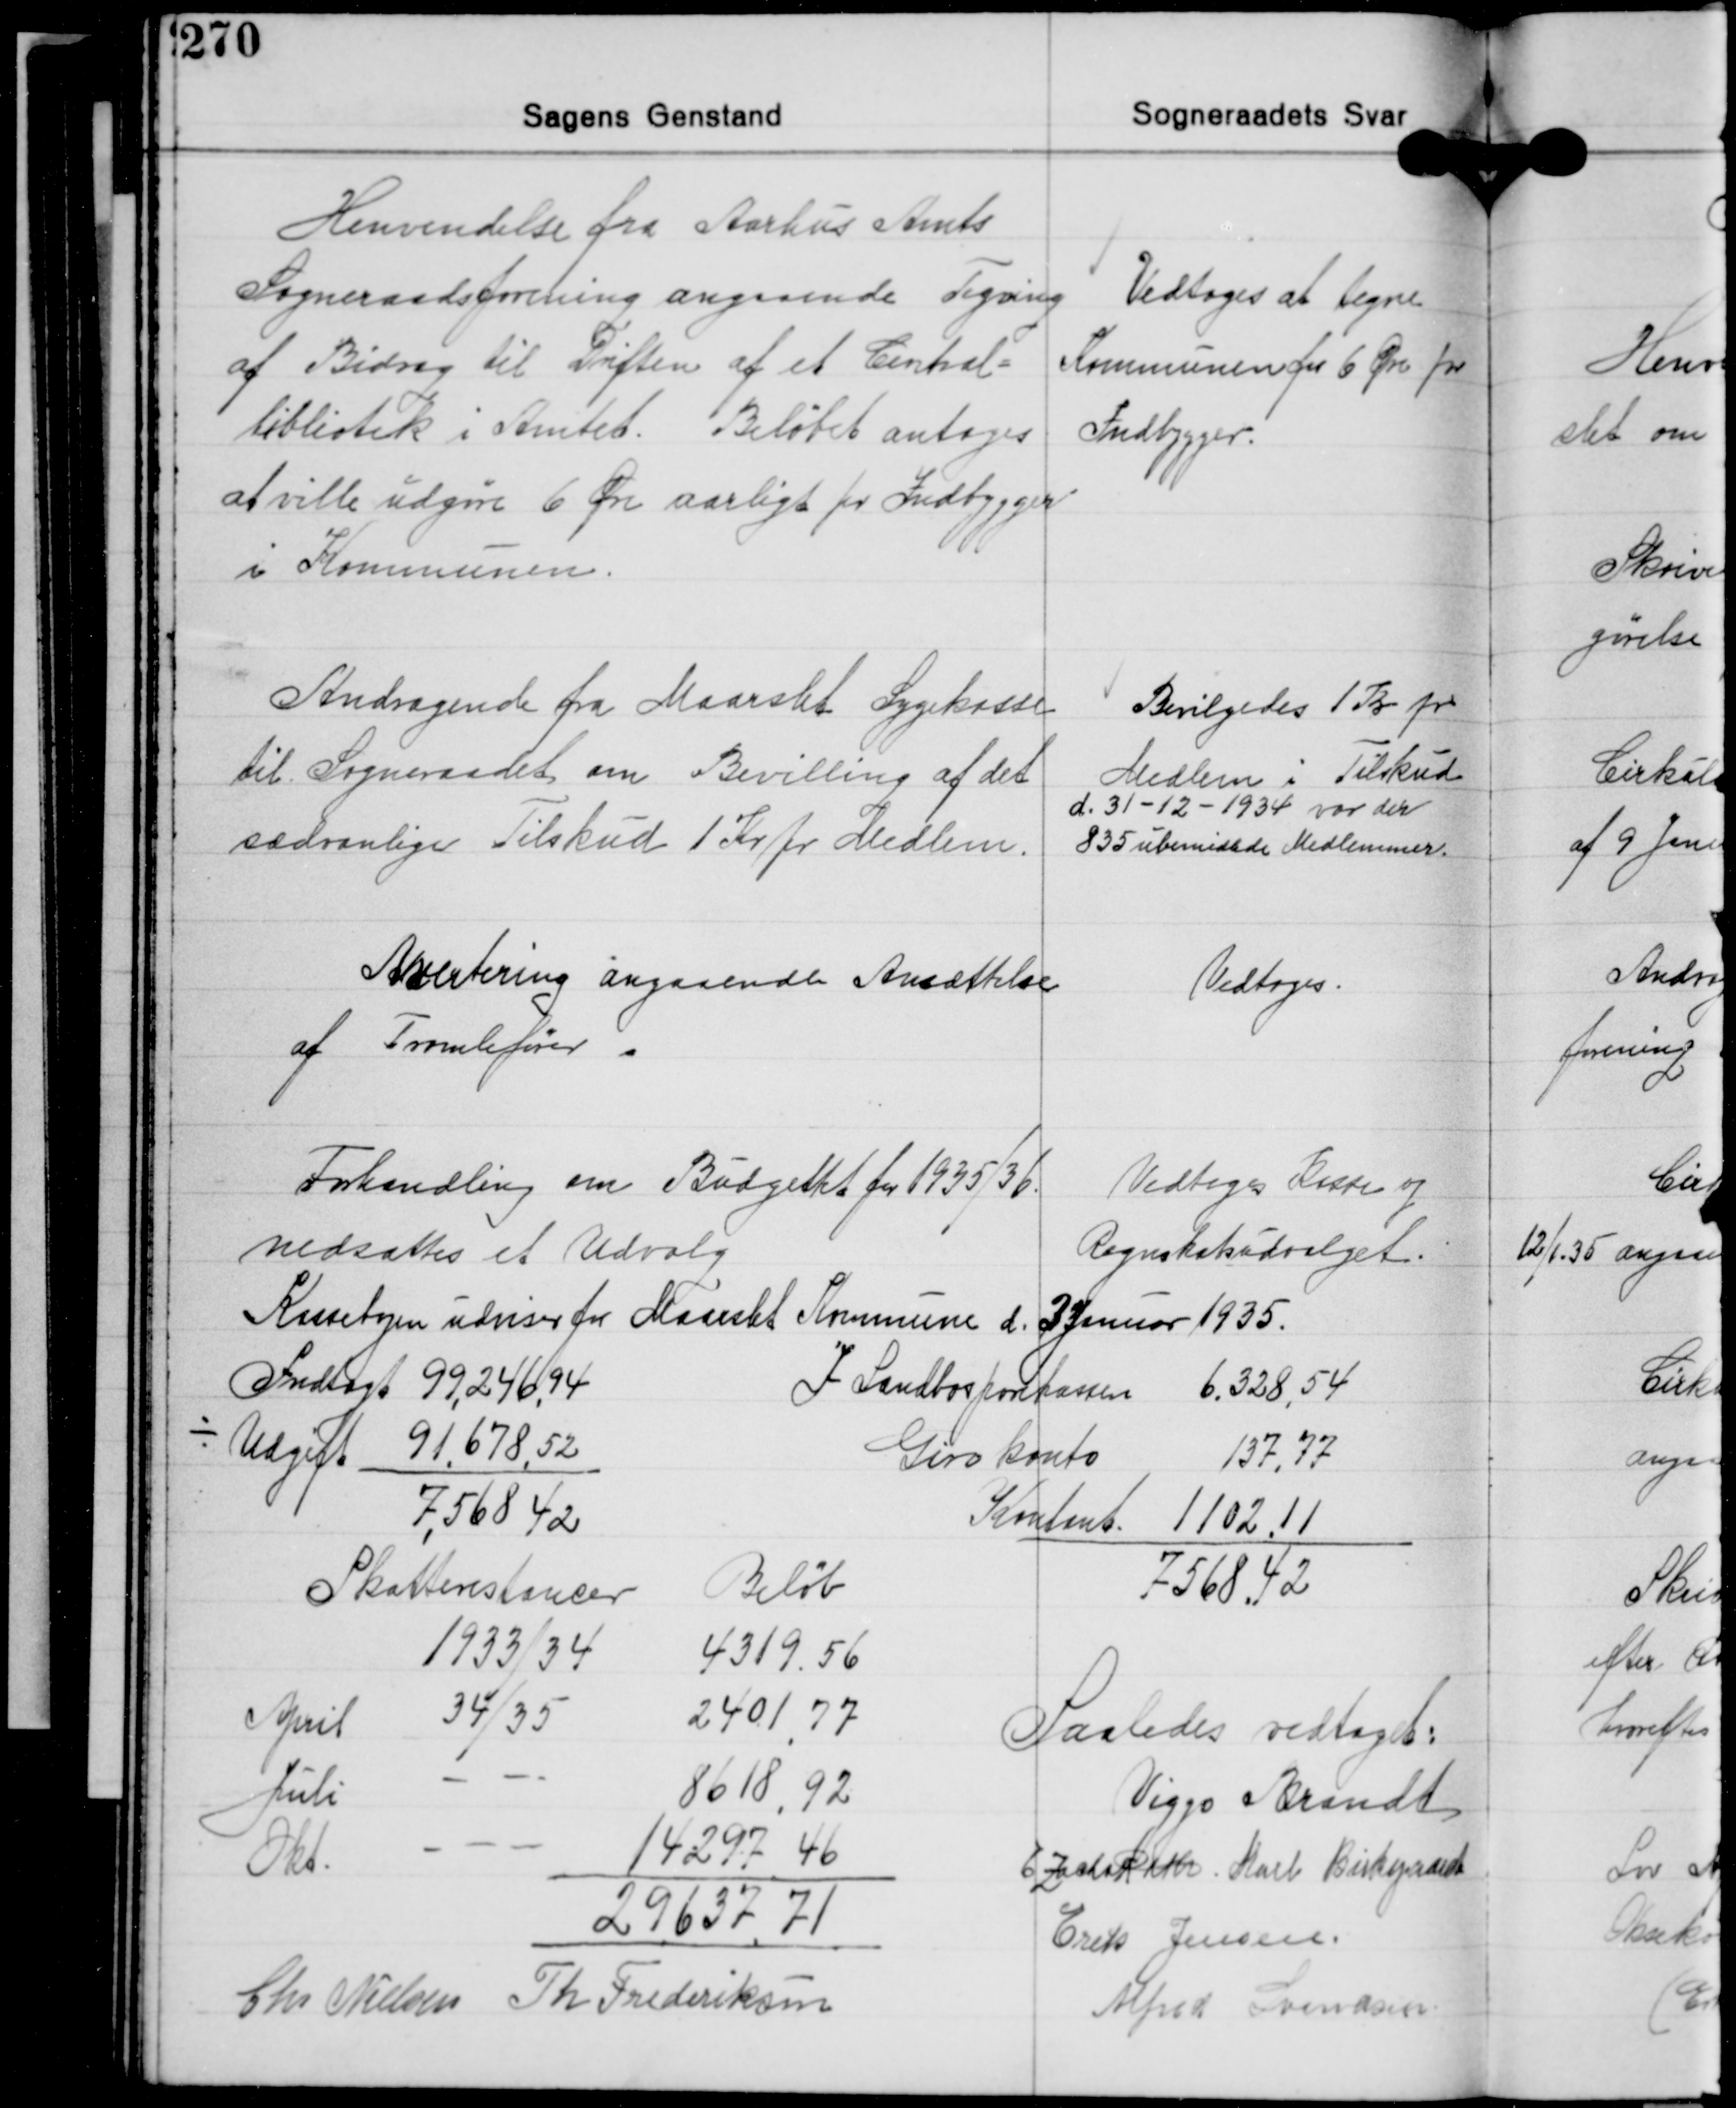
Transskription:
Henvendelse fra Aarhus Amts
Sogneraadsforening angaaende Tegning
af Bidrag til Driften af et Central-
bibliotek i Amtet. Beløbet antoges
at ville udgøre 6 Øre aarligt for Indbygger
i Kommunen.

Vedtoges at tegne
Kommunen for 6 Øre for
Indbygger.

Andragende fra Maarslet Sygekasse
til Sogneraadet om Bevilling af det
sædvanlige Tilskud 1 Kr fr Medlem.

Bevilgedes 1 Kr pr
Medlem i Tilskud
d. 31-12-1934 var der
835 ubemidlede Medlemmer.

Akcitering angaaende Ansættelse
af Tromlefører

Vedtoges.

Forhandling om Budgettet for 1935,36.
nedsattes et Udvalg

Vedtoges Kisse og
Regnskabudvalget.

Kassebyen udviser for Maarslet Kommune d. 3 Januar 1935.

Indtægt 99,24694
÷ Udgift 9167852
7,56842

I Landbogtor Larsen 6.328,54
Girokonto 137,77
Kontent. 1102.11
568,42

Skatterestancer Beløb
1933/34 4319.56
April 34/35 240177
Juli  8618,92
Okt.  14297,46
29637,71

Saaledes vedtaget:
Viggo Brandt
EZalsRatr. Karl Birkoprard
Erik Jensen
Alfred Kendsin

Chr Nielsen Th Frederiksen